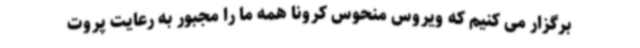
برگزار می کنیم که ویروس منحوس کرونا همه ما را مجبور به رعایت پروت